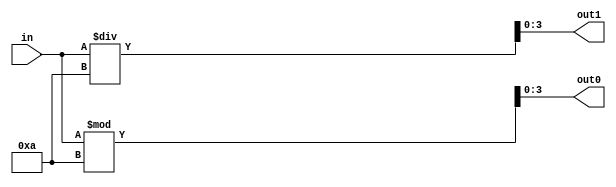
module bin2bcd(in, out1, out0);

parameter BIT_WIDTH = 8;
parameter OUT_WIDTH = 4;

input [BIT_WIDTH - 1 : 0] in;
output [OUT_WIDTH - 1 : 0] out1, out0;

assign out1 = in / 'd10;

assign out0 = in % 'd10;

endmodule